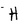
Character: H